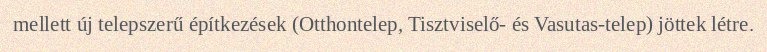
mellett új telepszerű építkezések (Otthontelep, Tisztviselő- és Vasutas-telep) jöttek létre.